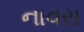
નાવરા